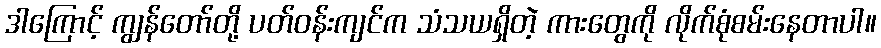
ဒါကြောင့် ကျွန်တော်တို့ ပတ်ဝန်းကျင်က သံသယရှိတဲ့ ကားတွေကို လိုက်စုံစမ်းနေတာပါ။